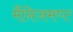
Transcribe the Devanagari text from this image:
मैनिजमण्ट